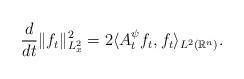
LaTeX: \begin{align*}\frac{d}{dt}\Vert f_{t}\Vert_{L_{x}^{2}}^{2}=2\langle A_{t}^{\psi}f_{t},f_{t}\rangle_{L^{2}(\mathbb{R}^{n})}.\end{align*}